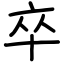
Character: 卒